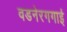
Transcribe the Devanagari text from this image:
वडनेरगगाई